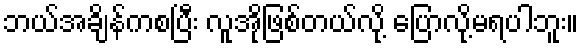
ဘယ်အချိန်ကစပြီး လူအိုဖြစ်တယ်လို့ ပြောလို့မရပါဘူး။